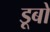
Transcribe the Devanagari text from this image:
डूबों